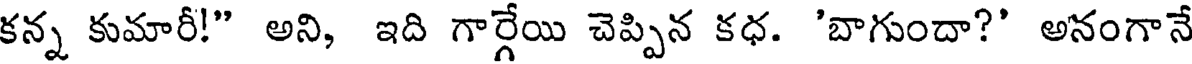
కన్న కుమారీ!" అని, ఇది గార్గేయి చెప్పిన కధ. 'బాగుందా?' అనంగానే